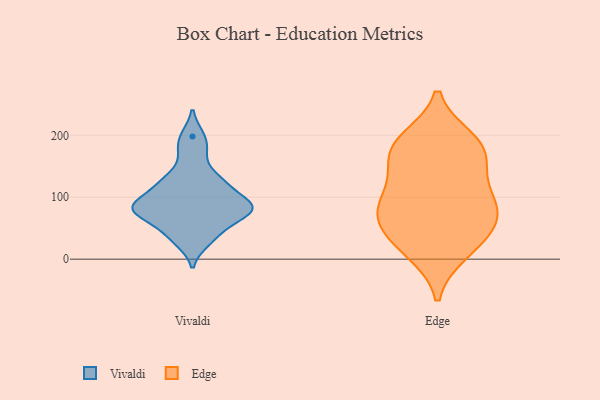
{"axis": {"x": "Demand Index", "y": "Value"}, "legend": ["Edge", "Vivaldi"], "data": [{"x": "", "y": 119, "type": "Vivaldi"}, {"x": "", "y": 89, "type": "Vivaldi"}, {"x": "", "y": 172, "type": "Vivaldi"}, {"x": "", "y": 83, "type": "Vivaldi"}, {"x": "", "y": 80, "type": "Vivaldi"}, {"x": "", "y": 81, "type": "Vivaldi"}, {"x": "", "y": 41, "type": "Vivaldi"}, {"x": "", "y": 127, "type": "Vivaldi"}, {"x": "", "y": 198, "type": "Vivaldi"}, {"x": "", "y": 126, "type": "Vivaldi"}, {"x": "", "y": 29, "type": "Vivaldi"}, {"x": "", "y": 59, "type": "Vivaldi"}, {"x": "", "y": 83, "type": "Vivaldi"}, {"x": "", "y": 84, "type": "Vivaldi"}, {"x": "", "y": 10, "type": "Edge"}, {"x": "", "y": 184, "type": "Edge"}, {"x": "", "y": 152, "type": "Edge"}, {"x": "", "y": 74, "type": "Edge"}, {"x": "", "y": 44, "type": "Edge"}, {"x": "", "y": 194, "type": "Edge"}, {"x": "", "y": 13, "type": "Edge"}, {"x": "", "y": 45, "type": "Edge"}, {"x": "", "y": 172, "type": "Edge"}, {"x": "", "y": 96, "type": "Edge"}, {"x": "", "y": 79, "type": "Edge"}, {"x": "", "y": 58, "type": "Edge"}, {"x": "", "y": 153, "type": "Edge"}, {"x": "", "y": 94, "type": "Edge"}, {"x": "", "y": 108, "type": "Edge"}, {"x": "", "y": 191, "type": "Edge"}]}